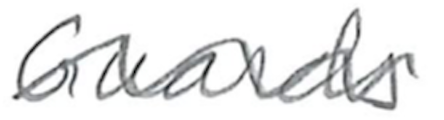
Text: Guards
Cross-out: wave
Writing tool: pencil